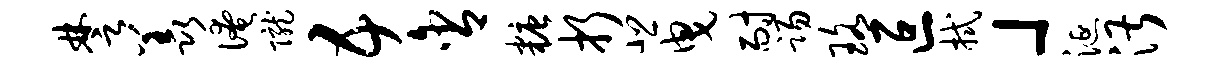
楚羡淹陇五含糖折悲曳耐踢珞叵拭」涎湛